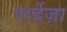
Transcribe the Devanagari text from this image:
पार्देज़ा